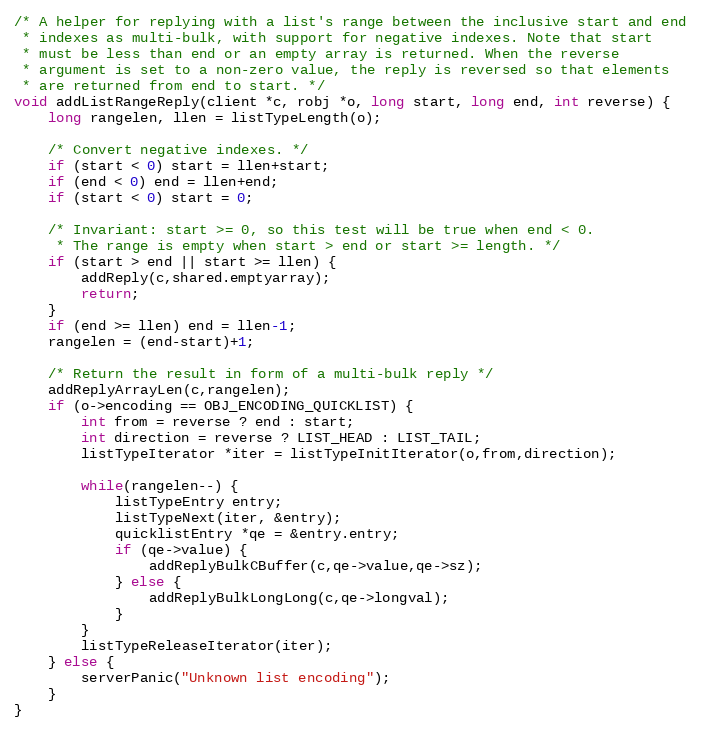
Language: C
/* A helper for replying with a list's range between the inclusive start and end
 * indexes as multi-bulk, with support for negative indexes. Note that start
 * must be less than end or an empty array is returned. When the reverse
 * argument is set to a non-zero value, the reply is reversed so that elements
 * are returned from end to start. */
void addListRangeReply(client *c, robj *o, long start, long end, int reverse) {
    long rangelen, llen = listTypeLength(o);

    /* Convert negative indexes. */
    if (start < 0) start = llen+start;
    if (end < 0) end = llen+end;
    if (start < 0) start = 0;

    /* Invariant: start >= 0, so this test will be true when end < 0.
     * The range is empty when start > end or start >= length. */
    if (start > end || start >= llen) {
        addReply(c,shared.emptyarray);
        return;
    }
    if (end >= llen) end = llen-1;
    rangelen = (end-start)+1;

    /* Return the result in form of a multi-bulk reply */
    addReplyArrayLen(c,rangelen);
    if (o->encoding == OBJ_ENCODING_QUICKLIST) {
        int from = reverse ? end : start;
        int direction = reverse ? LIST_HEAD : LIST_TAIL;
        listTypeIterator *iter = listTypeInitIterator(o,from,direction);

        while(rangelen--) {
            listTypeEntry entry;
            listTypeNext(iter, &entry);
            quicklistEntry *qe = &entry.entry;
            if (qe->value) {
                addReplyBulkCBuffer(c,qe->value,qe->sz);
            } else {
                addReplyBulkLongLong(c,qe->longval);
            }
        }
        listTypeReleaseIterator(iter);
    } else {
        serverPanic("Unknown list encoding");
    }
}